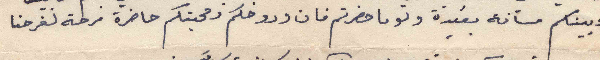
وبينكم مسافة بعيدة ولو ما حضرتم فان وروحكم ومحبتكم حاضرة فرحة لفرحنا